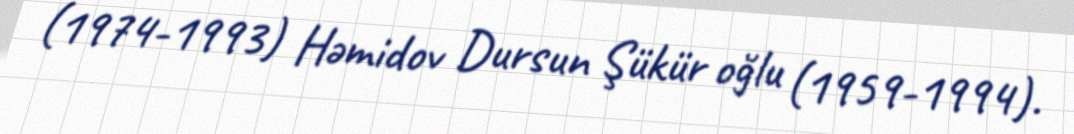
(1974-1993) Həmidov Dursun Şükür oğlu (1959-1994).